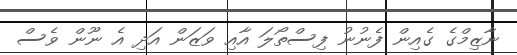
ނާޒިމްގެ ގެއިން ފެނުނު ފިސްތޯލަ އާއި ވަޒަން އަދި އެ ނޫން ވެސް